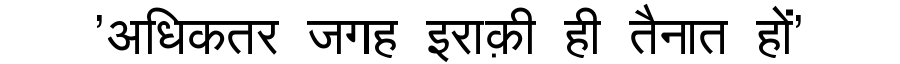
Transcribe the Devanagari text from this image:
'अधिकतर जगह इराक़ी ही तैनात हों'